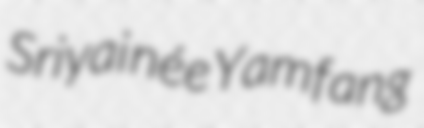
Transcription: Sriyai née Yamfang